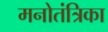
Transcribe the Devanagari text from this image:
मनोतंत्रिका